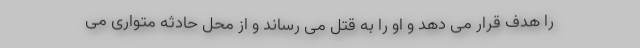
را هدف قرار می دهد و او را به قتل می رساند و از محل حادثه متواری می